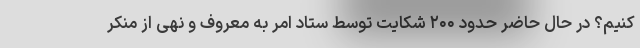
کنیم؟ در حال حاضر حدود ۲۰۰ شکایت توسط ستاد امر به معروف و نهی از منکر